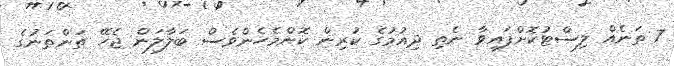
7 ތަނެއް ލިސްޓުކޮށްފައިވާ ނެތި ދިއުމުގެ ކުރިން ކޮންމެހެންވެސް ބަލާލަން ޖެހޭ ތަންތަނުގެ